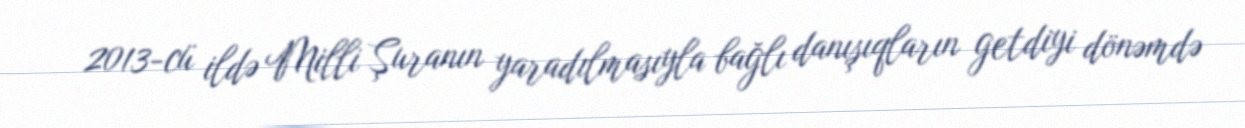
2013-cü ildə Milli Şuranın yaradılmasıyla bağlı danışıqların getdiyi dönəmdə